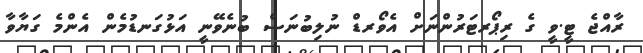
ރާއްޖެ ޓީ.ވީ ގެ ރިޕޯރޓަރުންނަށް އެވޯރޑް ނުލިބުނަސް ބުނެވޭނީ އަޅުގަނޑުމެެން އެންމެ ގަޔާވާ